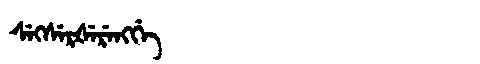
Manchu: ᠰᡝᡴᠰᡝᡵᡧᡝᡵᡝᠩᡤᡝ
Romanization: SEKSERŠERENGGE